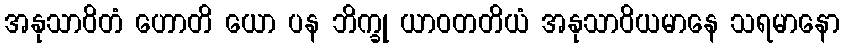
အနုသာဝိတံ ဟောတိ ယော ပန ဘိက္ခု ယာဝတတိယံ အနုသာဝိယမာနေ သရမာနော